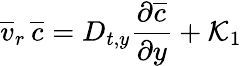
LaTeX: \overline{{v}}_{r}\, \overline{{c}}=D_{t,y}\frac{\partial\overline{{c}}}{\partial y}+\mathcal{K}_{1}